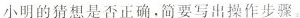
小明的猜想是否正确。简要写出操作步骤